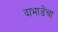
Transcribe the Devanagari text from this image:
दाभाडेंचा